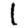
Digit: 1